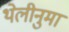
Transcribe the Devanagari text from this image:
थेलीनुमा